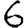
Digit: 6